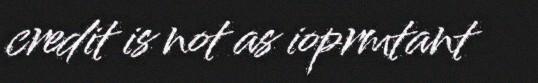
credit is not as ioprmtant